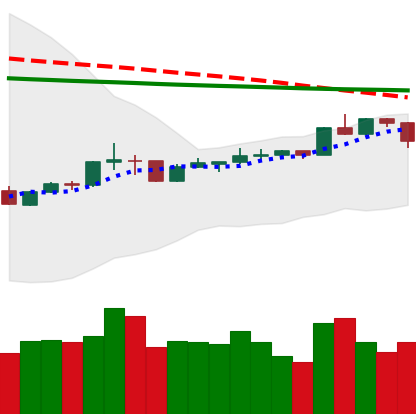
Ticker: XRP-USD
Chart end date: 2020-04-10
Forward return: -3.304%
Label: down_3_5